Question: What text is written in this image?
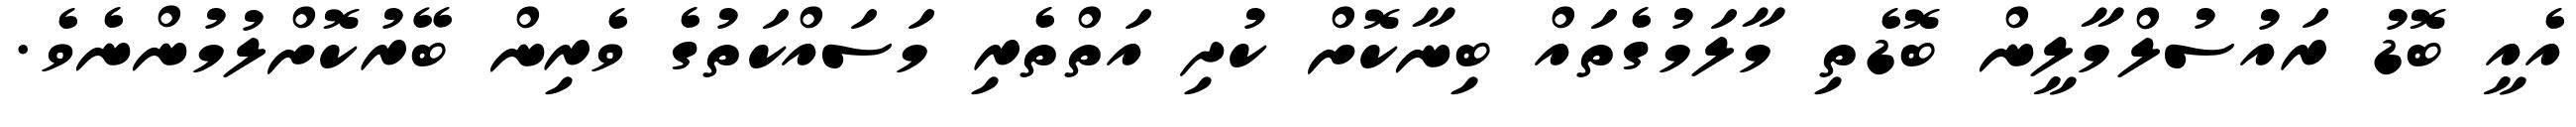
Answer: އެއީ ބޮޑު ރައުސުލްމާލީން ބޮޑެތި މާލަމުގެތައް ބިނާކޮށް ކުދި އަތްތެރި މަސައްކަތުގެ ވެރިން ބޭރުކޮށްލުމުންނެވެ.